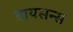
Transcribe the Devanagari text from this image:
टायसन्स